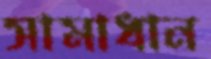
সামাধান